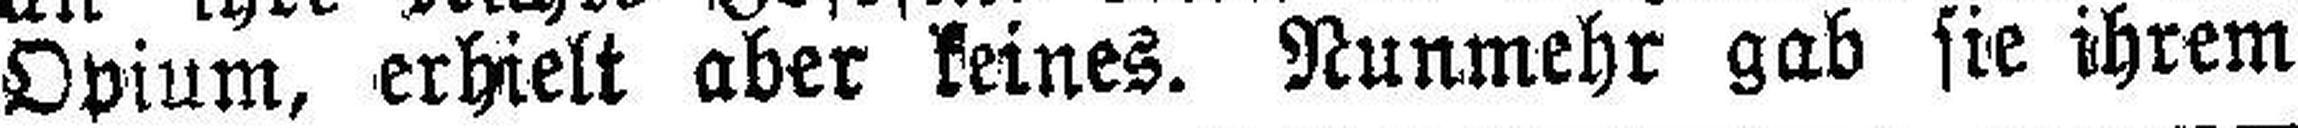
Opium, erhielt aber keines. Nunmehr gab sie ihrem